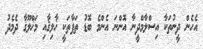
އެހެން ދީނުތަކާ އިސްލާމްދީނާ އޮންނަ އެންމެ ބޮޑު ތަފާތަކީ ޚާލިޤާއި މަޚްލޫޤާ ދެމެދު